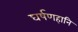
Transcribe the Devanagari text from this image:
घर्षणहानि